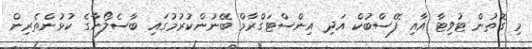
މި ގޮތުން ޓުވިޓާ އާއި ފޭސްބުކް އަދި އިންސްޓަގްރާމް ބޭނުންކުރުމުގައި ބާސެލޯނާގެ ކުޅުންތެރިން